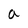
Character: a